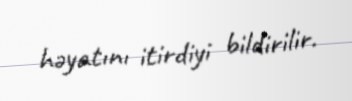
həyatını itirdiyi bildirilir.